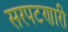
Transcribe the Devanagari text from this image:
सरपटणारी